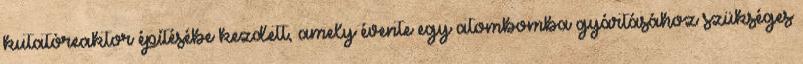
kutatóreaktor építésébe kezdett, amely évente egy atombomba gyártásához szükséges